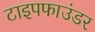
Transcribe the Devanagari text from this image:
टाइपफाउंडर